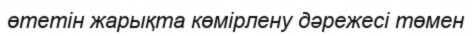
өтетін жарықта көмірлену дәрежесі төмен